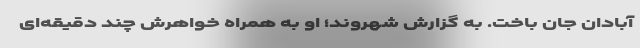
آبادان جان باخت. به گزارش شهروند؛ او به همراه خواهرش چند دقیقه‌ای